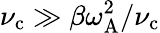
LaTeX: \nu_{\mathrm{c}}\gg\beta\omega_{\mathrm{A}}^{2}/\nu_{\mathrm{c}}